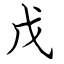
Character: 戊